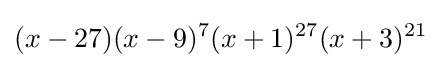
(x-27)(x-9)^{7}(x+1)^{27}(x+3)^{21}